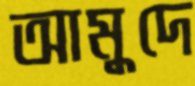
আমুদে